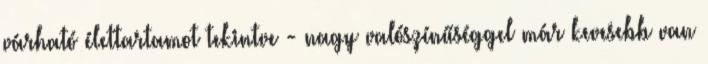
várható élettartamot tekintve - nagy valószínűséggel már kevesebb van